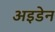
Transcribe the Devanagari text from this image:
अइडेन